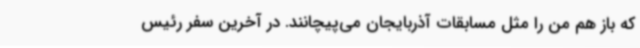
که باز هم من را مثل مسابقات آذربایجان می‌پیچانند. در آخرین سفر رئیس